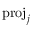
\mathrm { p r o j } _ { j }